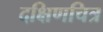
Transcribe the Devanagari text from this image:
दक्षिणचित्र